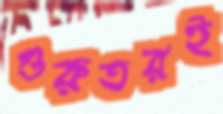
গুরুতরই